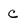
Character: c